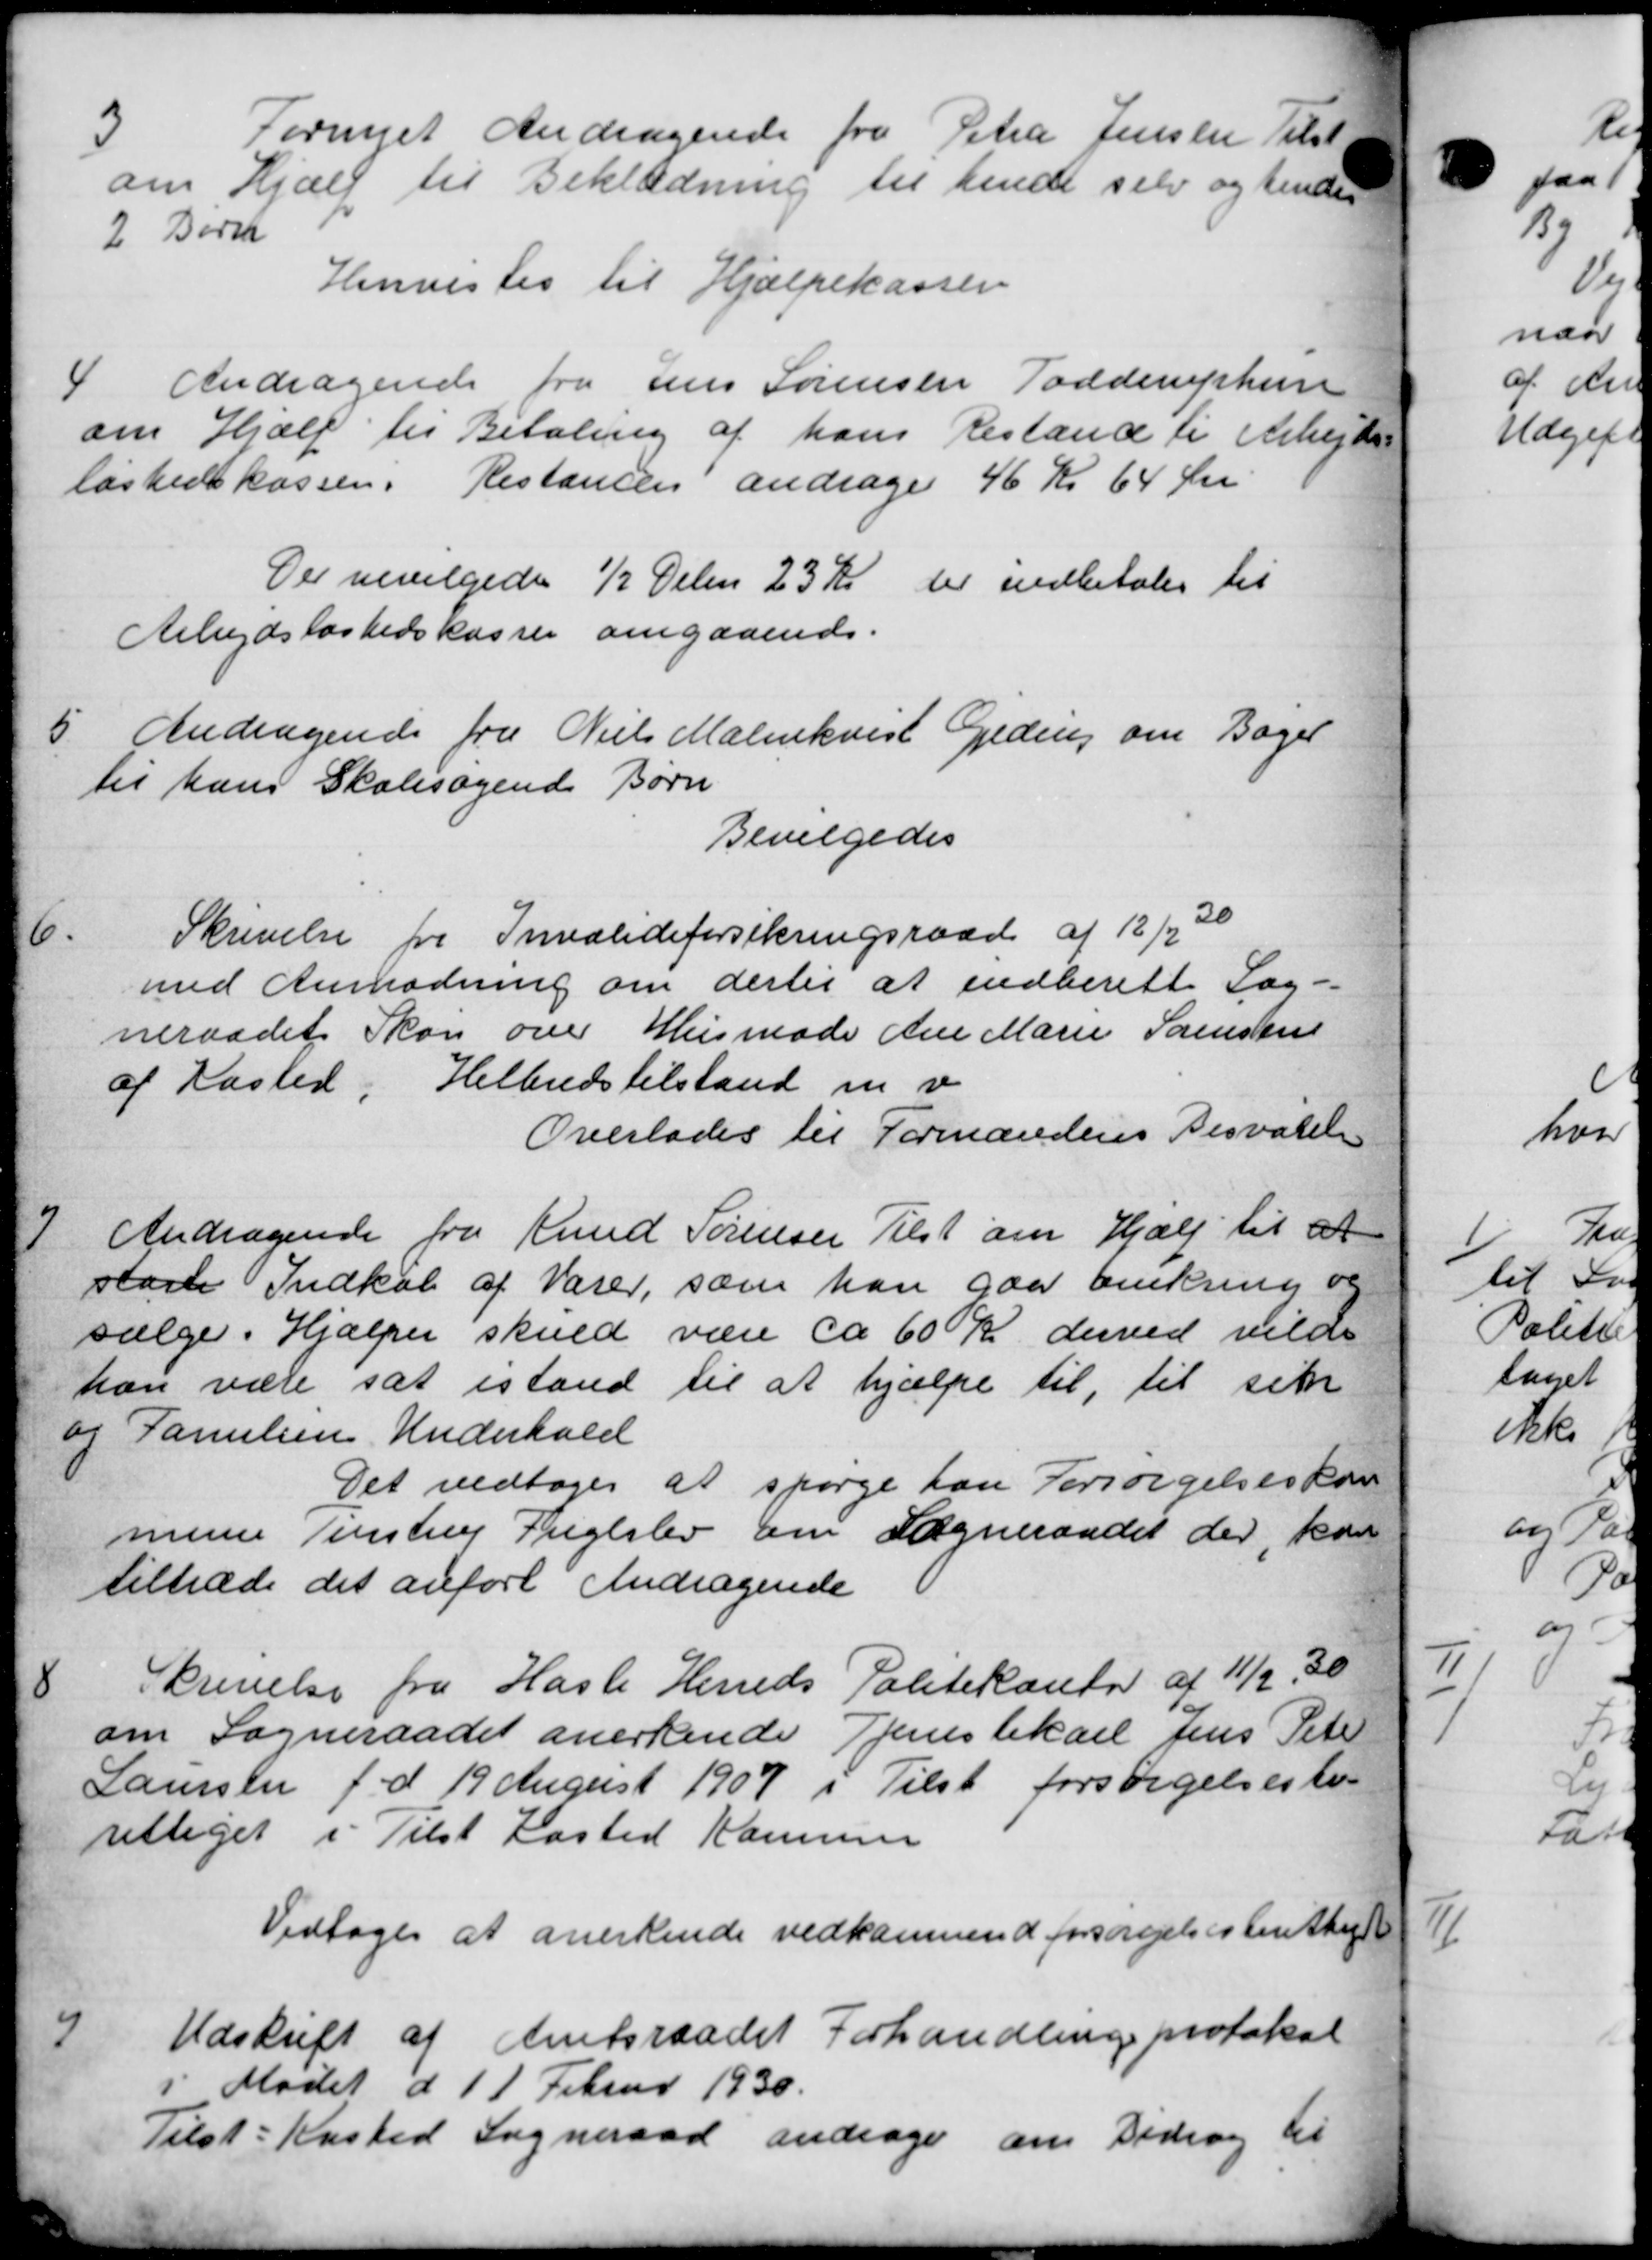
Transskription:
3
Fornyet Andragende fra Petra Jensen Tilst
om Hjælp til Beklædning til hende selv og hendes
2 Børn
Henvistes til Hjælpekassen
4
Andragende fra Jens Sørensen Todderuphun
om Hjælp til Betaling af hans Bestand til Arbejds=
løshedskassen. Restancen andrager 46 Kr 64 Øre.
Der bevilgedes ½ Delen 23 Kr der indbetales til
Arbejdsløshedskassen angaaende.
5. Andragende fra Niels Malerekvist Geding om Bager
5. Andragende fra Niels Malerekvist Geding om Bager
til hans Skolesagende Børn
Bevilgedes
Skrivelse fra Invalideforsikringsraad af 12/2 30
6.
med Anmodning om dertil at indberette Sog-
neraadet Skon over Husmode Ane Marie Sørensens
af Kasted, Helbredstilstand m. v.
Overlades til Formandens Besvarelse
Andragende fra Knud Sørensen Tilst om Hjælp til at
7
staar Indkøb af Varer, som han gaa omkring og
sælge Hjælper skuld være ca 60 Kr derved vilde
han ville sat istand til at hjælpe til, til sit
os Familien Underhold
Det vedtoges at spørge han Forsørgelseskom
mune Tenstrup Fuglslev om Sogneraadet der kan
tiltræde det anført Andragende
8
Skrivelse fra Hasle Herreds Politikontor af 11/12 30
om Sogneraadet anerkende Tjenestekarl Jens Peter
Laursen f. d. 19 August 1907 i Tilst forsørgelsesber
rettiget i Tilst Kasted Kommun
Vedtoges at anerkende vedkommende forsørgelsesberettiget

Udskrift af Amtsraadet Forhandling protokol
i Mødet d 11 Februar 1930.
Tilst : Kasted Sogneraad andrager om Bidrag til